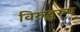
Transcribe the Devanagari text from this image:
विरुद्धरूप